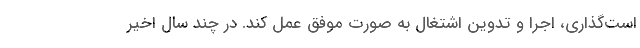
است‌گذاری، اجرا و تدوین اشتغال به صورت موفق عمل کند. در چند سال اخیر